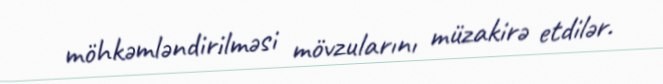
möhkəmləndirilməsi mövzularını müzakirə etdilər.